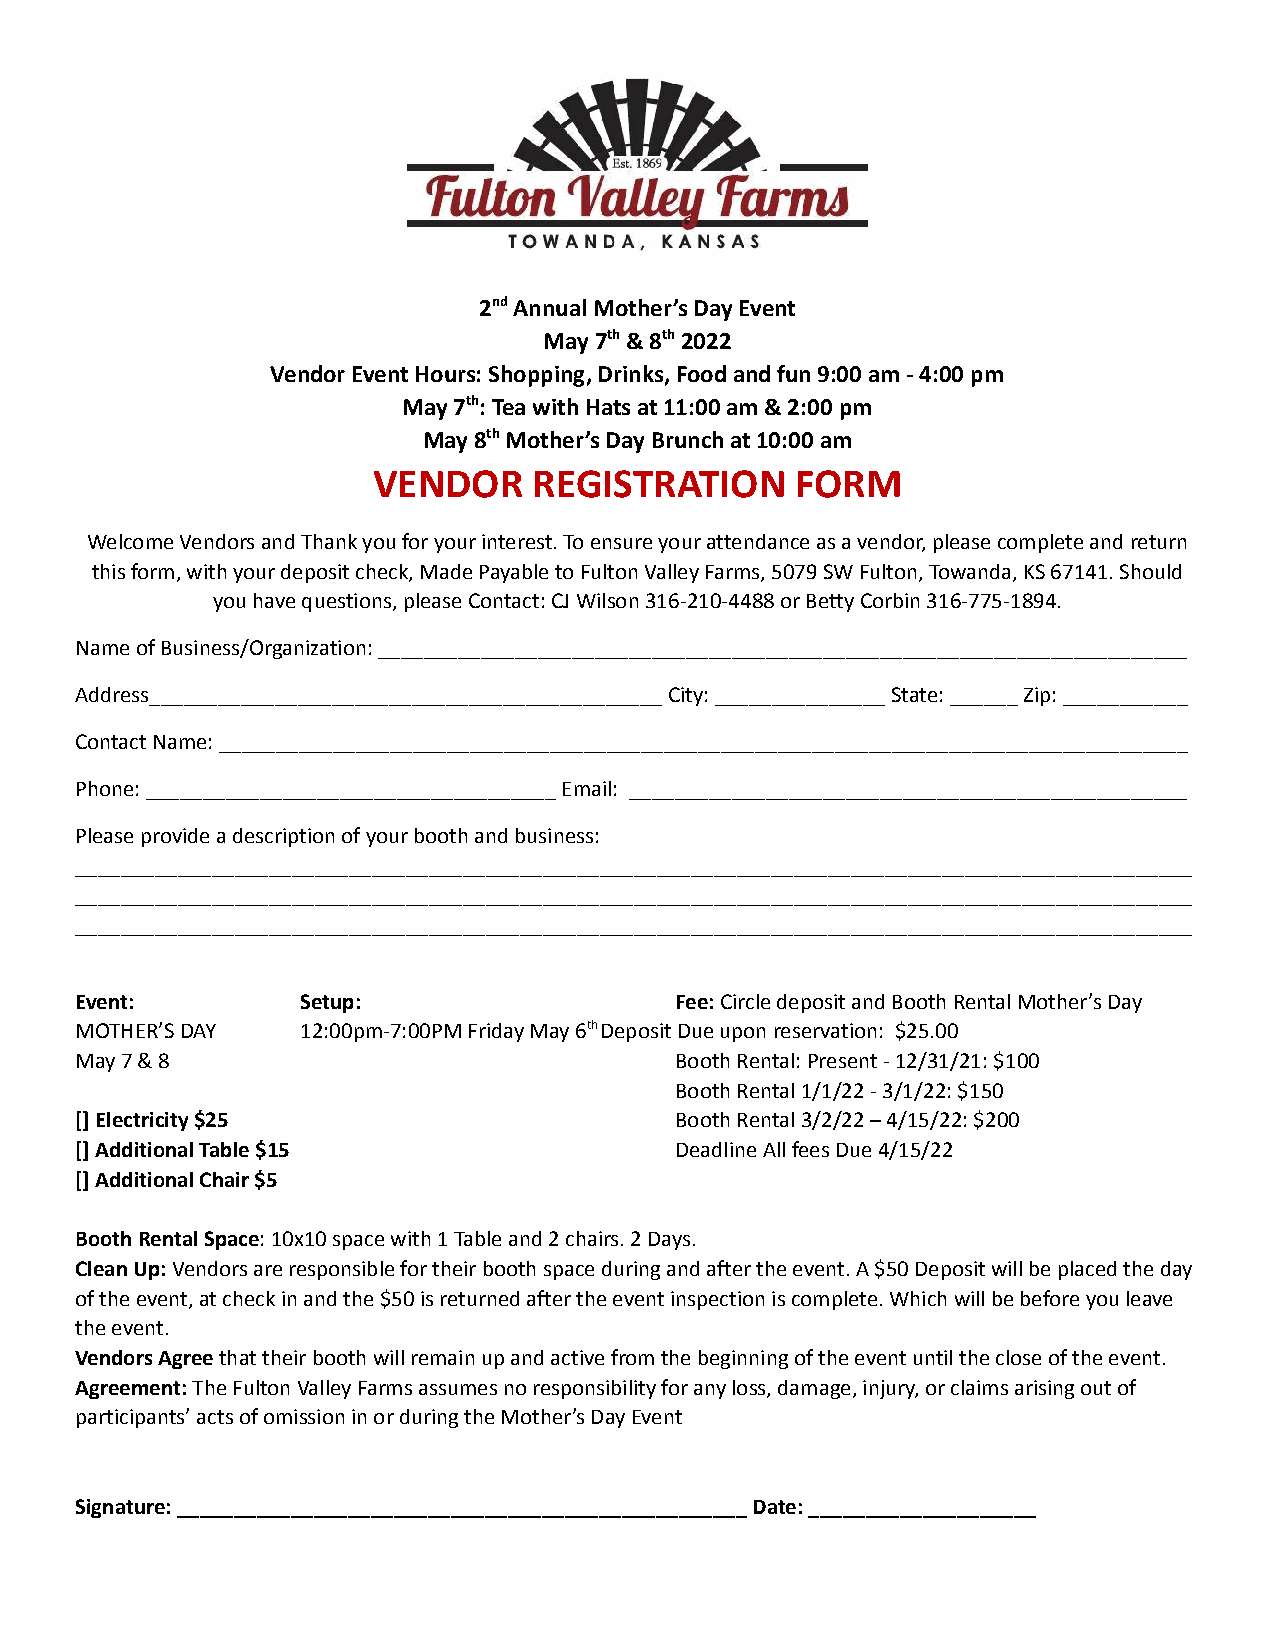
2ndAnnual Mother’s Day Event
 May 7th& 8th2022
 Vendor Event Hours: Shopping, Drinks, Food and fun 9:00 am - 4:00 pm
 May 7th: Tea with Hats at 11:00 am & 2:00 pm
 May 8thMother’s Day Brunch at 10:00 am
 VENDOR    REGISTRATION      FORM
 Welcome Vendors and Thank you for your interest. To ensure your attendance as a vendor, please complete and return
 this form, with your deposit check, Made Payable to Fulton Valley Farms, 5079 SW Fulton, Towanda, KS 67141. Should
 you have questions, please Contact: CJ Wilson 316-210-4488 or Betty Corbin 316-775-1894.
 Name of Business/Organization: _______________________________________________________________________
 Address_____________________________________________ City: _______________ State: ______ Zip: ___________
 Contact Name: _____________________________________________________________________________________
 Phone: ____________________________________ Email: _________________________________________________
 Please provide a description of your booth and business:
 __________________________________________________________________________________________________
 __________________________________________________________________________________________________
 __________________________________________________________________________________________________
 Event:         Setup:                   Fee:Circle deposit and BoothRental Mother’s Day
 MOTHER’S DAY   12:00pm-7:00PM Friday May 6thDepositDue upon reservation: $25.00
 May 7 & 8                               Booth Rental: Present - 12/31/21: $100
 Booth Rental 1/1/22 - 3/1/22: $150
 [] Electricity $25                      Booth Rental 3/2/22 – 4/15/22:$200
 [] Additional Table $15                 Deadline All fees Due4/15/22
 [] Additional Chair $5
 Booth Rental Space: 10x10 space with 1 Table and 2chairs. 2 Days.
 Clean Up:Vendors are responsible for their boothspace during and after the event. A $50 Deposit will be placed the day
 of the event, at check in and the $50 is returned after the event inspection is complete. Which will be before you leave
 the event.
 Vendors Agreethat their booth will remain up andactive from the beginning of the event until the close of the event.
 Agreement:The Fulton Valley Farms assumes no responsibilityfor any loss, damage, injury, or claims arising out of
 participants’ acts of omission in or during the Mother’s Day Event
 Signature: __________________________________________________ Date: ____________________